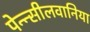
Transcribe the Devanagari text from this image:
पेन्न्सीलवानिया